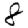
Digit: 8